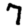
Digit: 7